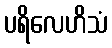
ပရိလေဟိသံ